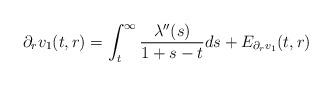
LaTeX: \begin{align*} \partial_{r}v_{1}(t,r) = \int_{t}^{\infty} \frac{\lambda''(s)}{1+s-t}ds + E_{\partial_{r}v_{1}}(t,r)\end{align*}